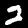
Label: 2